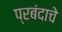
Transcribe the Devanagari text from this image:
प्रबंदाचे